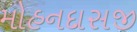
મોહનદાસજી